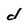
Character: d